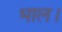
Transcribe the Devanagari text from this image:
भाल।